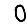
Digit: 0